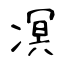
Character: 凕